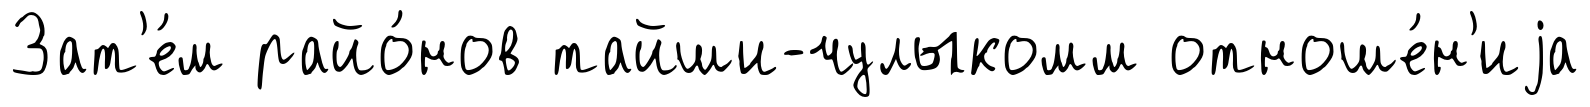
Зат'е́м райо́нов тайши-чулыкомм отноше́н'иjа